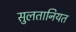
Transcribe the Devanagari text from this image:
सुलतानियत